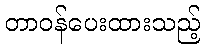
တာဝန်ပေးထားသည့်